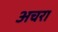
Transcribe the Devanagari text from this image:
अचरा